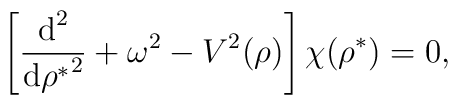
\left[ \frac{\mbox{d}^2}{{\mbox{d} {\rho}^*}^{2}} + \omega ^{2} - {V}^2 (\rho) \right] \chi ({\rho}^*) = 0  ,